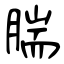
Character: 腨